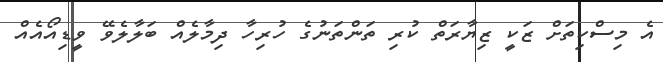
އެ މިސްކިތަށް ޒަކީ ޒިޔާރަތް ކުރި ތަންތަނުގެ ހުރިހާ ދިމާލެއް ބަލާލެވޭ ވީޑިއޯއެއް